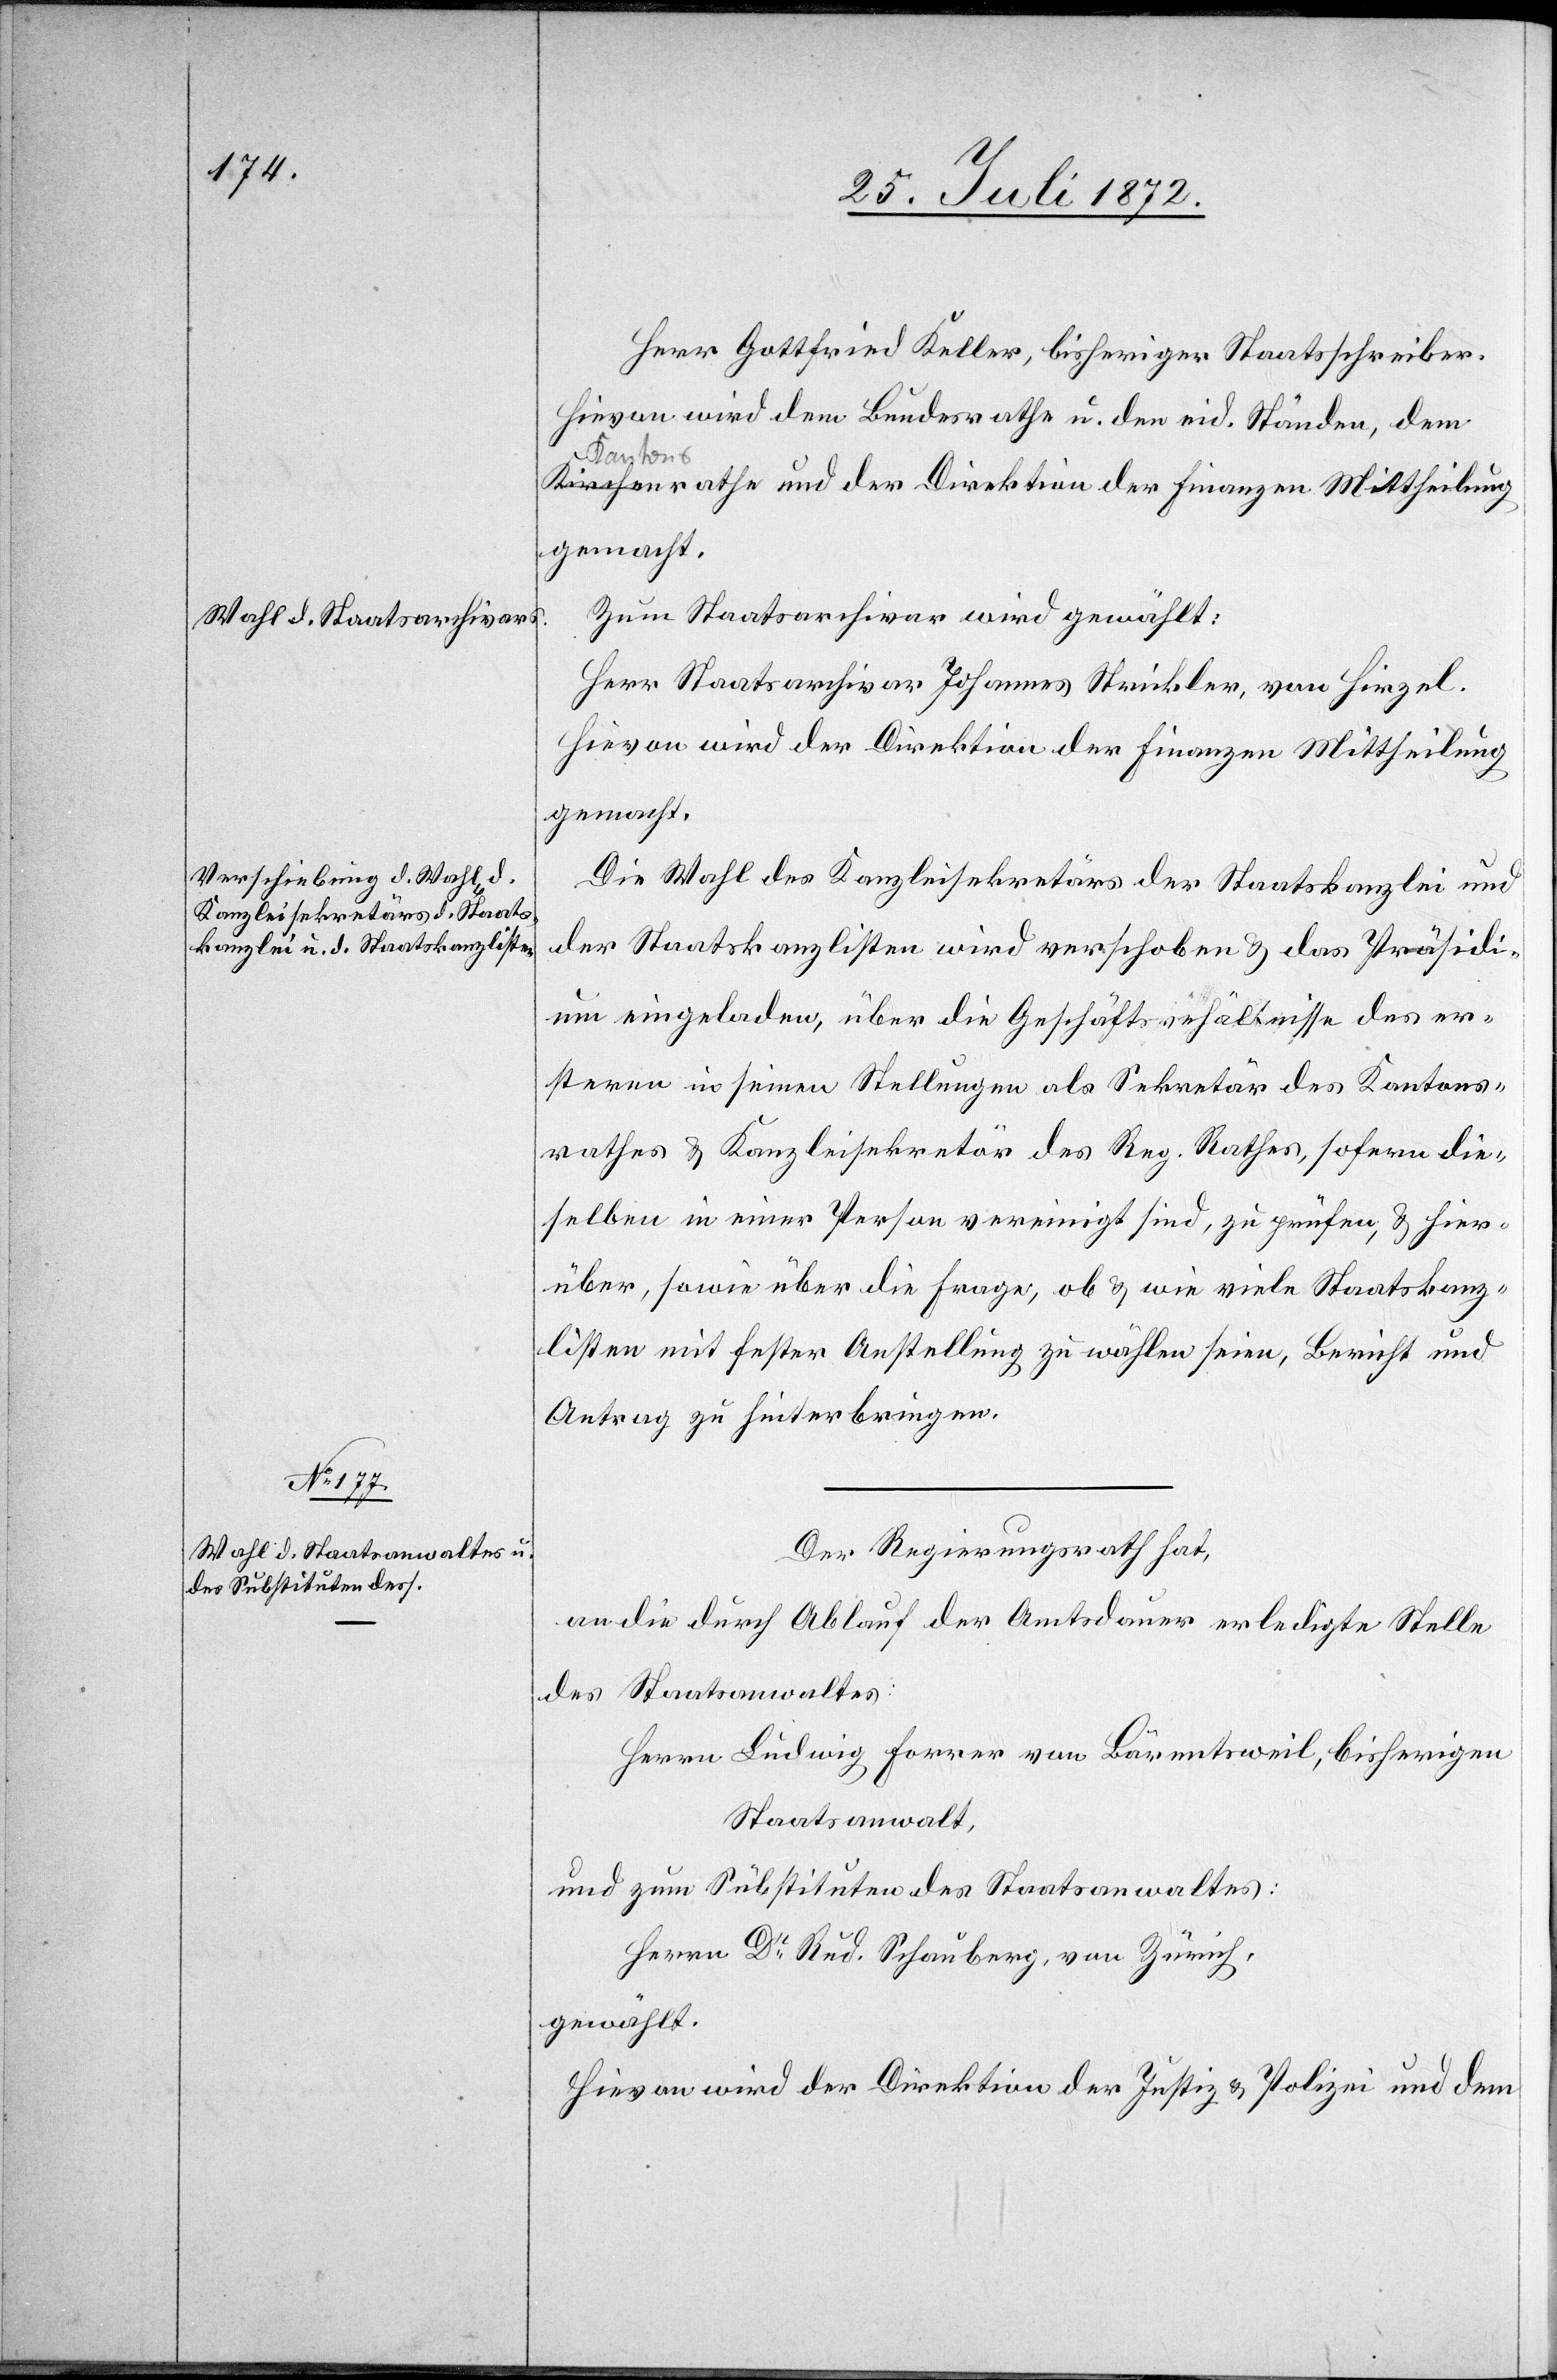
Herr Gottfried Keller, bisheriger Staatsschreiber.
Hievon wird dem Bundesrathe u. den eid. Ständen, dem
Kantonsrathe und der Direktion der Finanzen Mittheilung
gemacht.
Zum Staatsarchivar wird gewählt:
Herr Staatsarchivar Johannes Strickler, von Hirzel.
Hievon wird der Direktion der Finanzen Mittheilung
gemacht.
Die Wahl des Kanzleisekretärs der Staatskanzlei und
der Staatskanzlisten wird verschoben u. das Präsidi¬
um eingeladen, über die Geschäftsve[r]hältnisse des er¬
steren in seinen Stellungen als Sekretär des Kantons¬
rathes u. Kanzleisekretär des Reg. Rathes, sofern die¬
selben in einer Person vereinigt sind, zu prüfen, u. hier¬
über, sowie über die Frage, ob u. wie viele Staatskanz¬
listen mit fester Anstellung zu wählen seien, Bericht und
Antrag zu hinterbringen.
Der Regierungsrath hat,
an die durch Ablauf der Amtsdauer erledigte Stelle
des Staatsanwaltes:
Herrn Ludwig Forrer von Bärentsweil, bisherigen
Staatsanwalt,
und zum Subsituten des Staatsanwaltes:
Herrn Dr Rud. Schauberg, von Zürich,
gewählt.
Hievon wird der Direktion der Justiz u. Polizei und dem